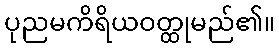
ပုညမကိရိယဝတ္ထုမည်၏။